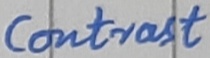
Text: Contrast